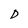
Character: D